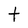
Character: t